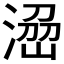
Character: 𱧬